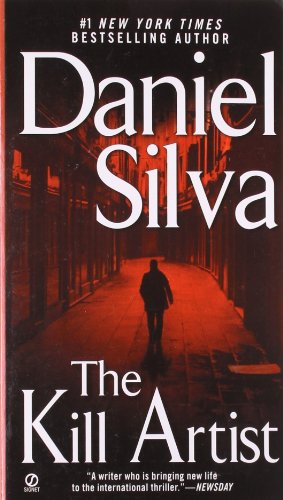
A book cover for The Kill Artist; Daniel Silva; Mystery, Thriller & Suspense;